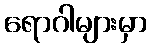
ရောဂါများမှာ